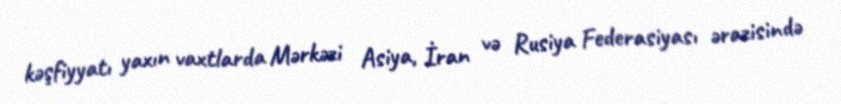
kəşfiyyatı yaxın vaxtlarda Mərkəzi Asiya, İran və Rusiya Federasiyası ərazisində